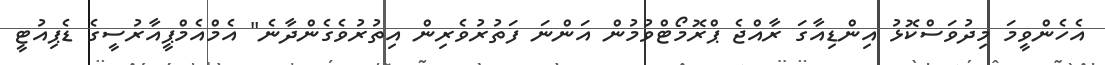
އެހެންވީމަ މިދުވަސްކޮޅު އިންޑިއާގަ ރާއްޖެ ޕްރޮމޯޓްވުމުން އަންނަ ފަތުރުވެރިން އިތުރުވެގެންދާނެ" އެމްއެމްޕީއާރުސީގެ ޑެޕިއުޓީ